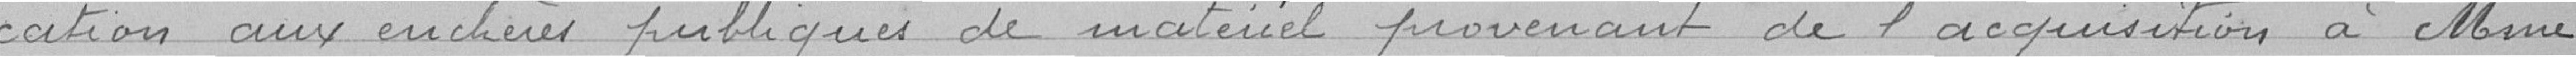
cation aux enchères publiques de matériel provenant de l'acquisition à Madame